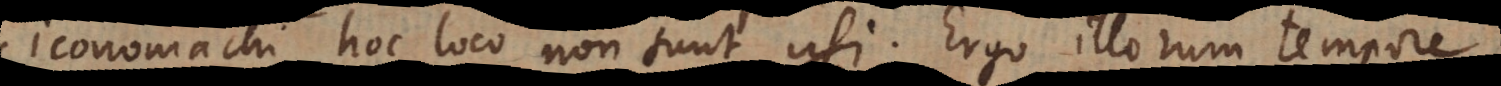
iconomachi hoc loco non sunt usi. Ergo illorum tempore